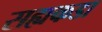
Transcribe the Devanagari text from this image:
सह्यकडा